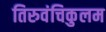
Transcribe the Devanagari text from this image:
तिरुवंचिकुलम